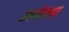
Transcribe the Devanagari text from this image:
आर्यष्टशत